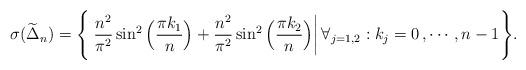
LaTeX: \begin{align*}\sigma(\widetilde\Delta_n)=\Bigg\{ \left. \frac{n^2}{\pi^2}\sin^2\Big(\frac{\pi k_1}{n}\Big)+\frac{n^2}{\pi^2}\sin^2\Big(\frac{\pi k_2}{n}\Big)\right| \forall_{j=1,2}: k_j = 0\, , \cdots, n-1\Bigg\}.\end{align*}